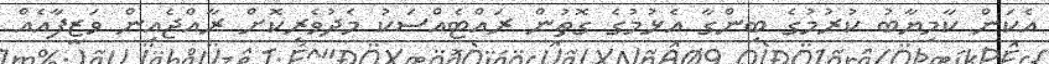
އެކަން ކާމިޔާބު ކުރުމުގެ ބިންގާ އެޅުމުގެ ގޮތުން ރައްޓެއްސަކު މެދުވެރިކޮށް ރާއްޖެއިން ވަޒީފާއެއް